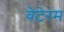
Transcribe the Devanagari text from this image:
वेटेरम